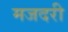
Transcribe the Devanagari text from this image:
मजदरी